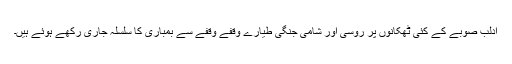
ادلب صوبے کے کئی ٹھکانوں پر روسی اور شامی جنگی طیارے وقفے وقفے سے بمباری کا سلسلہ جاری رکھے ہوئے ہیں۔